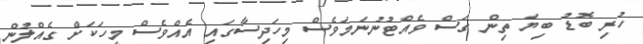
ހުރި ބޮޑު ބިޔަ ތިން ގަސް ވެއްޓުނުނަމަވެސް މިހަދިސާގައި އެއްވެސް މީހަކަށް ގެއްލުން